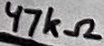
Text: 47kΩ